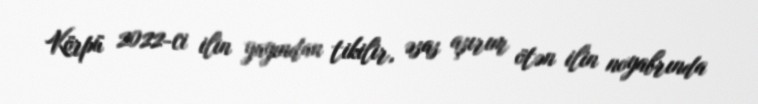
Körpü 2022-ci ilin yayından tikilir, əsas aşırım ötən ilin noyabrında